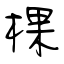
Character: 棵